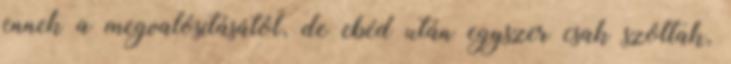
ennek a megvalósításától, de ebéd után egyszer csak szóltak,